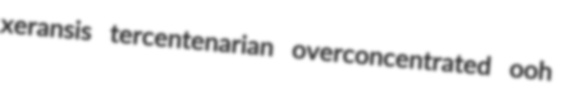
xeransis tercentenarian overconcentrated ooh